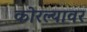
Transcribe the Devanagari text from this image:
कोरल्यावर